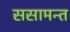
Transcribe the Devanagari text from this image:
ससामन्त